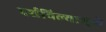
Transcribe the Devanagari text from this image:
दर्शविल्यामुळे